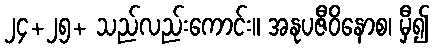
၂၄+၂၅+ သည်လည်းကောင်း။ အနုပဇီဝိနောစ၊ မှီ၍